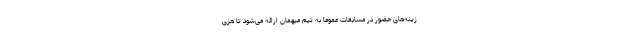
زینه‌های حضور در مسابقات عموماً به تیم میهمان ارائه می‌شود تا هزی